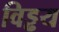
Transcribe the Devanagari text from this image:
विड्ढय